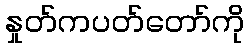
နှုတ်ကပတ်တော်ကို